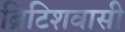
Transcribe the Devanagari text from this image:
ब्रिटिशवासी